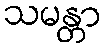
သမန္တာ